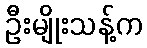
ဦးမျိုးသန့်က